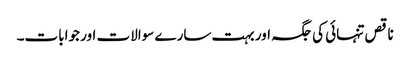
ناقص تنہائی کی جگہ اور بہت سارے سوالات اور جوابات۔